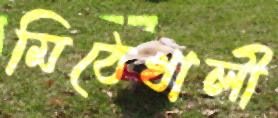
মিঠেখালী